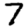
Digit: 7